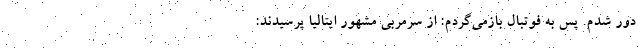
دور شدم. پس به فوتبال بازمی‌گردم: از سرمربی مشهور ایتالیا پرسیدند: